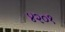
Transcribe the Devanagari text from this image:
४२०१